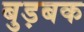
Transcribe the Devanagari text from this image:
बुड़बक